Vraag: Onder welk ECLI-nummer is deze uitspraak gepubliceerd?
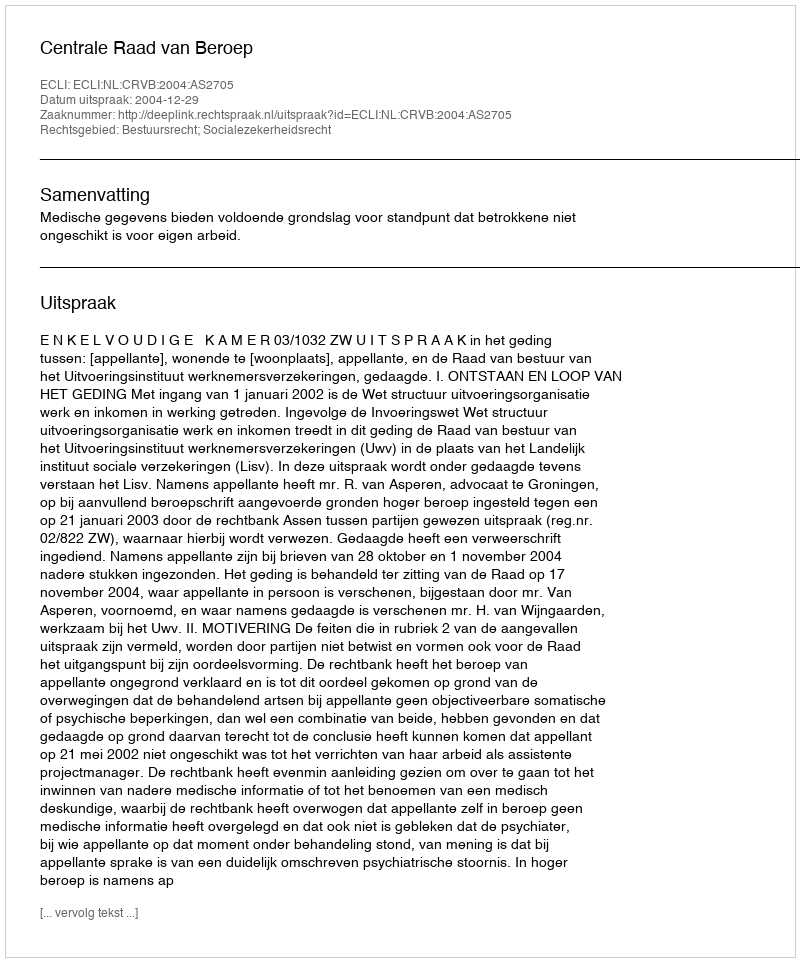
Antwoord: ECLI:NL:CRVB:2004:AS2705